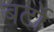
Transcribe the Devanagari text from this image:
बर्टो